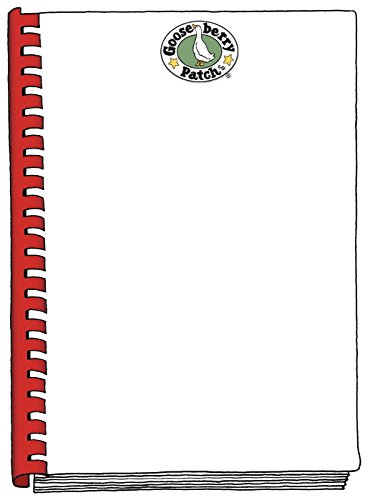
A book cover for Homemade Christmas Cookbook with Photos; Gooseberry Patch; Cookbooks, Food & Wine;